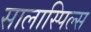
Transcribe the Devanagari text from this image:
सालास्पिल्स